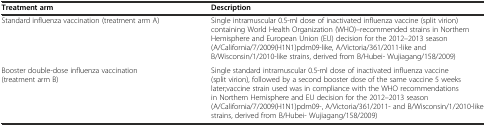
| Treatment arm | Description |
 | --- | --- |
 | Standard influenza vaccination (treatment arm A) | Single intramuscular 0.5-ml dose of inactivated influenza vaccine (split virion) containing World Health Organization (WHO)–recommended strains in Northern Hemisphere and European Union (EU) decision for the 2012–2013 season (A/California/7/2009(H1N1)pdm09-like, A/Victoria/361/2011-like and B/Wisconsin/1/2010-like strains, derived from B/Hubei- Wujiagang/158/2009) |
 | Booster double-dose influenza vaccination (treatment arm B) | Single standard intramuscular 0.5-ml dose of inactivated influenza vaccine (split virion), followed by a second booster dose of the same vaccine 5 weeks later;vaccine strain used was in compliance with the WHO recommendations in Northern Hemisphere and EU decision for the 2012–2013 season (A/California/7/2009(H1N1)pdm09-, A/Victoria/361/2011- and B/Wisconsin/1/2010-like strains, derived from B/Hubei- Wujiagang/158/2009) |